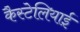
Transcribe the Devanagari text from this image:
कैस्टेलियाई